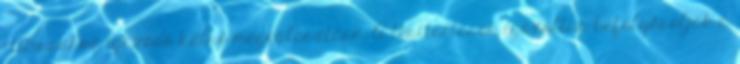
ritmusához igazodó külső megválasztása. A testtartások igazoltan befolyásolják a